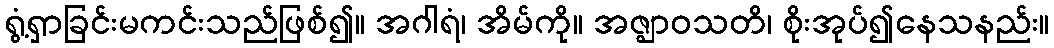
ရွံ့ရှာခြင်းမကင်းသည်ဖြစ်၍။ အဂါရံ၊ အိမ်ကို။ အဇ္ဈာဝသတိ၊ စိုးအုပ်၍နေသနည်း။